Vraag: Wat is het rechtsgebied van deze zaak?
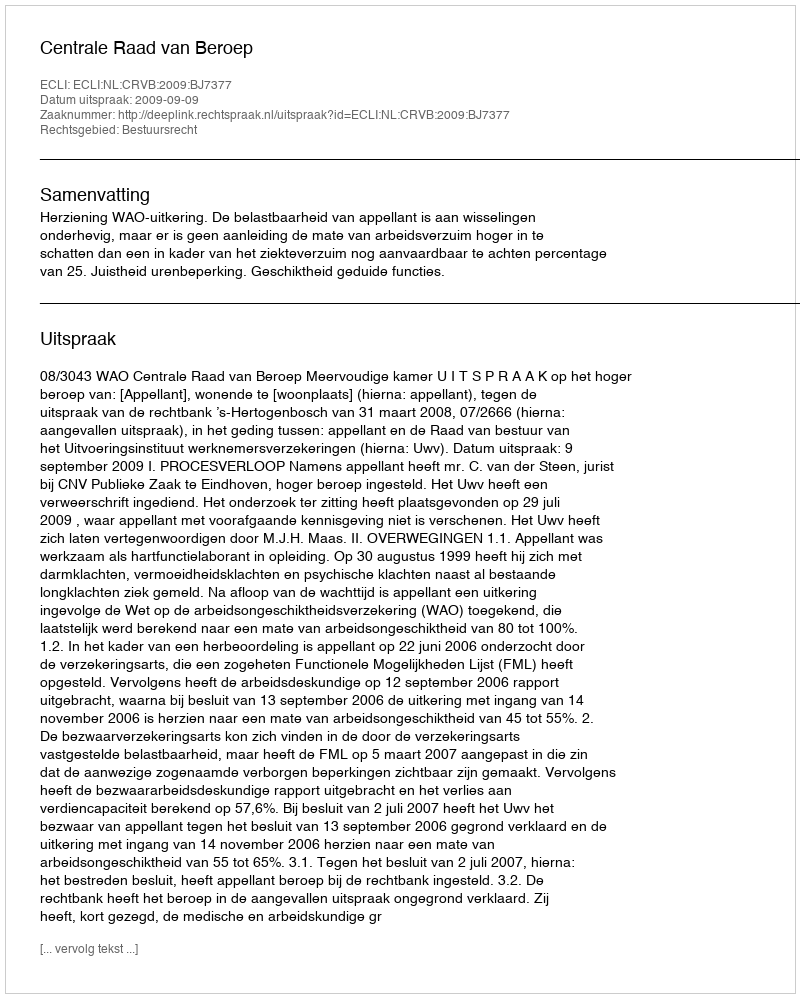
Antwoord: Bestuursrecht